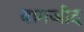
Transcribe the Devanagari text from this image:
बामजीद